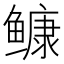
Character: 𩾌